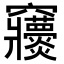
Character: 𥩒